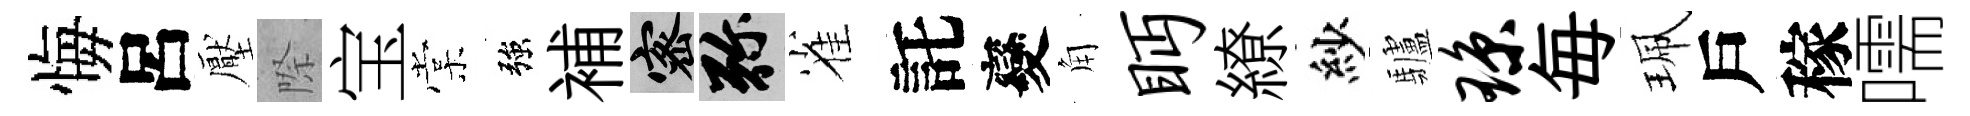
悔呂壓際宝棠強補密弥雀託變角眄繚紗驢琼毎珮戶稼嚅